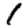
Digit: 1